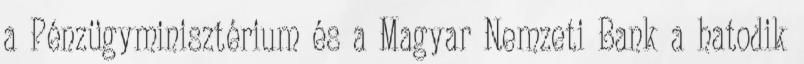
a Pénzügyminisztérium és a Magyar Nemzeti Bank a hatodik